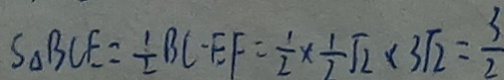
S _ { \Delta } B C E = \frac { 1 } { 2 } B C E F = \frac { 1 } { 2 } \times \frac { 1 } { 2 } \sqrt { 2 } \times 3 \sqrt { 2 } = \frac { 3 } { 2 }